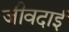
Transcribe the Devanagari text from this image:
जीवदाई